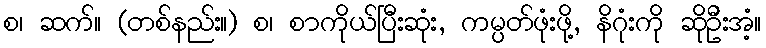
စ၊ ဆက်။ (တစ်နည်း။) စ၊ စာကိုယ်ပြီးဆုံး, ကမ္ပတ်ဖုံးဖို့, နိဂုံးကို ဆိုဦးအံ့။